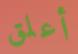
أعلق